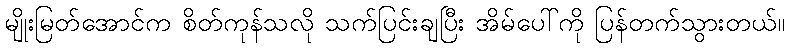
မျိုးမြတ်အောင်က စိတ်ကုန်သလို သက်ပြင်းချပြီး အိမ်ပေါ်ကို ပြန်တက်သွားတယ်။